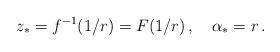
LaTeX: \begin{align*}z_{*} = f^{-1}(1/r) = F(1/r)\, ,\quad \alpha_{*} = r\, .\end{align*}